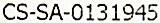
CS-SA-0131945